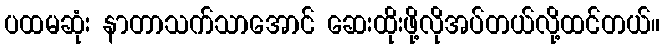
ပထမဆုံး နာတာသက်သာအောင် ဆေးထိုးဖို့လိုအပ်တယ်လို့ထင်တယ်။